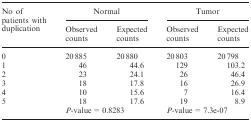
<table><thead><tr><td rowspan="2"><b>No of patients with duplication</b></td><td colspan="2"><b>Normal</b></td><td colspan="2"><b>Tumor</b></td></tr><tr><td><b>Observed counts</b></td><td><b>Expected counts</b></td><td><b>Observed counts</b></td><td><b>Expected counts</b></td></tr></thead><tbody><tr><td>0</td><td>20 885</td><td>20 880</td><td>20 803</td><td>20 798</td></tr><tr><td>1</td><td>46</td><td>44.6</td><td>129</td><td>103.2</td></tr><tr><td>2</td><td>23</td><td>24.1</td><td>26</td><td>46.4</td></tr><tr><td>3</td><td>18</td><td>17.8</td><td>16</td><td>26.9</td></tr><tr><td>4</td><td>10</td><td>15.6</td><td>7</td><td>16.4</td></tr><tr><td>5</td><td>18</td><td>17.6</td><td>19</td><td>8.9</td></tr><tr><td></td><td colspan="2"><i>P</i>-value = 0.8283</td><td colspan="2"><i>P</i>-value = 7.3e-07</td></tr></tbody></table>